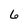
Character: 6